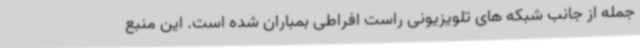
جمله از جانب شبکه های تلویزیونی راست افراطی بمباران شده است. این منبع